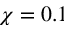
\chi = 0 . 1